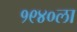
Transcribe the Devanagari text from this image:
१९४०ला